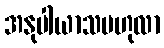
အနုပါယာသဗဟုလာ